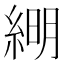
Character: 𦁠